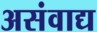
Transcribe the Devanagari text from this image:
असंवाद्य